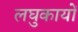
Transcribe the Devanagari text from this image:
लघुकायों